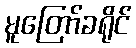
မူတြော်ခရိုင်